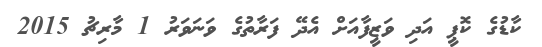
ކާޑުގެ ކޮޕީ އަދި ވަޒީފާއަށް އެދޭ ފަރާތުގެ ވަނަވަރު 1 މާރިޗު 2015